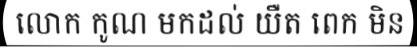
លោក កូណ មកដល់ យឺត ពេក មិន